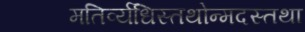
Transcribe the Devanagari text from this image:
मतिर्व्यधिस्तथोन्मदस्तथा